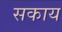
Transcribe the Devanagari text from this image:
सकाय